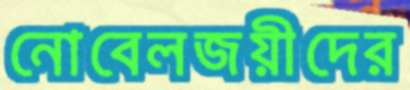
নোবেলজয়ীদের